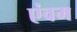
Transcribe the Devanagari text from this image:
एंवम